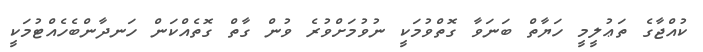
ކުއްޖާގެ ތަޢުލީމީ ހަޔާތް ބަނަވާ ގޮތްވުމަކީ ނުވުމަށްވުރެ ވުން ގާތް ގޮތެއްކަން ހަނދާންބެހެއްޓުމަކީ